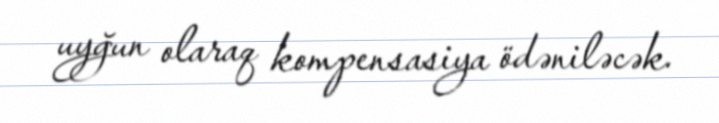
uyğun olaraq kompensasiya ödəniləcək.